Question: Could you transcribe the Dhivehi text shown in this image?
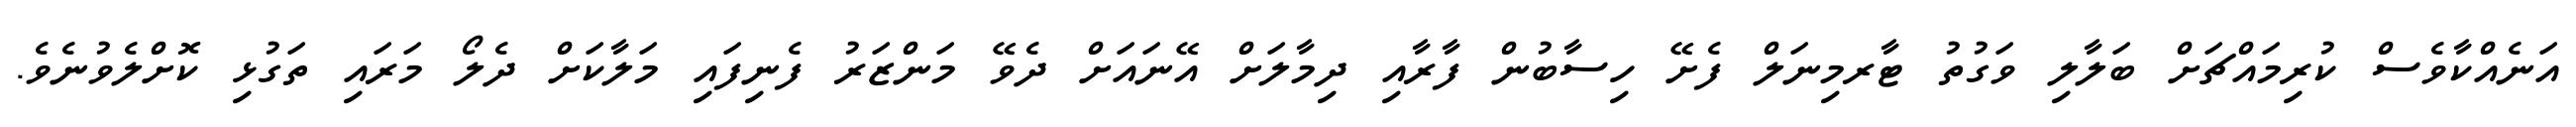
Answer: އަނެއްކާވެސް ކުރިމައްޗަށް ބަލާލި ވަގުތު ޓާރމިނަލް ފެށޭ ހިސާބުން ފާރާއި ދިމާލަށް އޭނައަށް ދެވޭ މަންޒަރު ފެނިފައި މަލާކަށް ދެލޯ މަރައި ތަގުޅި ކޮށްލެވުނެވެ.